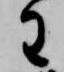
わ